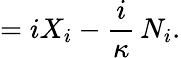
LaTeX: =iX_{i}-\frac{i}\kappa\, N_{i}.